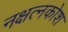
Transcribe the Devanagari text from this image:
नक्षत्नकोश